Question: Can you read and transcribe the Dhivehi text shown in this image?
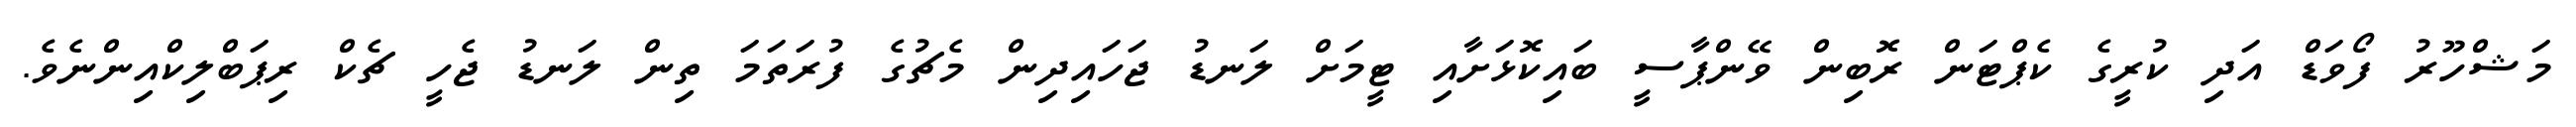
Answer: މަޝްހޫރު ފޯވަޑް އަދި ކުރީގެ ކެޕްޓަން ރޮބިން ވޭންޕާސީ ބައިކޮޅަށާއި ޓީމަށް ލަނޑު ޖަހައިދިން މެޗުގެ ފުރަތަމަ ތިން ލަނޑު ޖެހީ ޗެކް ރިޕަބްލިކްއިންނެވެ.